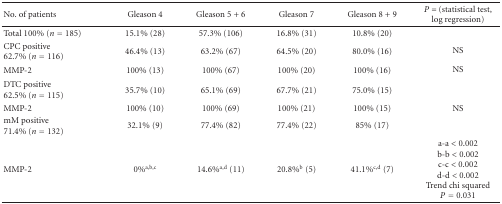
| No. of patients | Gleason 4 | Gleason 5 + 6 | Gleason 7 | Gleason 8 + 9 | P = (statistical test, log regression) |
 | --- | --- | --- | --- | --- | --- |
 | Total 100% (n = 185) | 15.1% (28) | 57.3% (106) | 16.8% (31) | 10.8% (20) |  |
 | CPC positive 62.7% (n = 116) | 46.4% (13) | 63.2% (67) | 64.5% (20) | 80.0% (16) | NS |
 | MMP-2 | 100% (13) | 100% (67) | 100% (20) | 100% (16) | NS |
 | DTC positive62.5% (n = 115) | 35.7% (10) | 65.1% (69) | 67.7% (21) | 75.0% (15) |  |
 | MMP-2 | 100% (10) | 100% (69) | 100% (21) | 100% (15) | NS |
 | mM positive 71.4% (n = 132) | 32.1% (9) | 77.4% (82) | 77.4% (22) | 85% (17) |  |
 | MMP-2 | 0%a,b,c | 14.6%a,d (11) | 20.8%b (5) | 41.1%c,d (7) | a-a < 0.002 b-b < 0.002 c-c < 0.002 d-d < 0.002 Trend chi squared P = 0.031 |